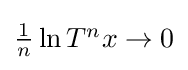
{\textstyle {\frac {1}{n}}\ln T^{n}x\to 0}